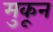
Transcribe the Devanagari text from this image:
मुकून